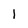
Character: 1